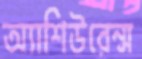
অ্যাশিউরেন্স